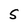
Character: S